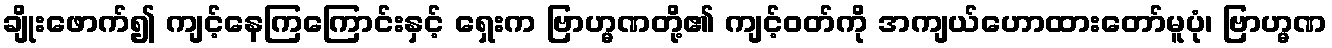
ချိုးဖောက်၍ ကျင့်နေကြကြောင်းနှင့် ရှေးက ဗြာဟ္မဏတို့၏ ကျင့်ဝတ်ကို အကျယ်ဟောထားတော်မူပုံ၊ ဗြာဟ္မဏ